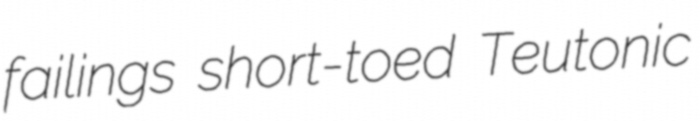
failings short-toed Teutonic